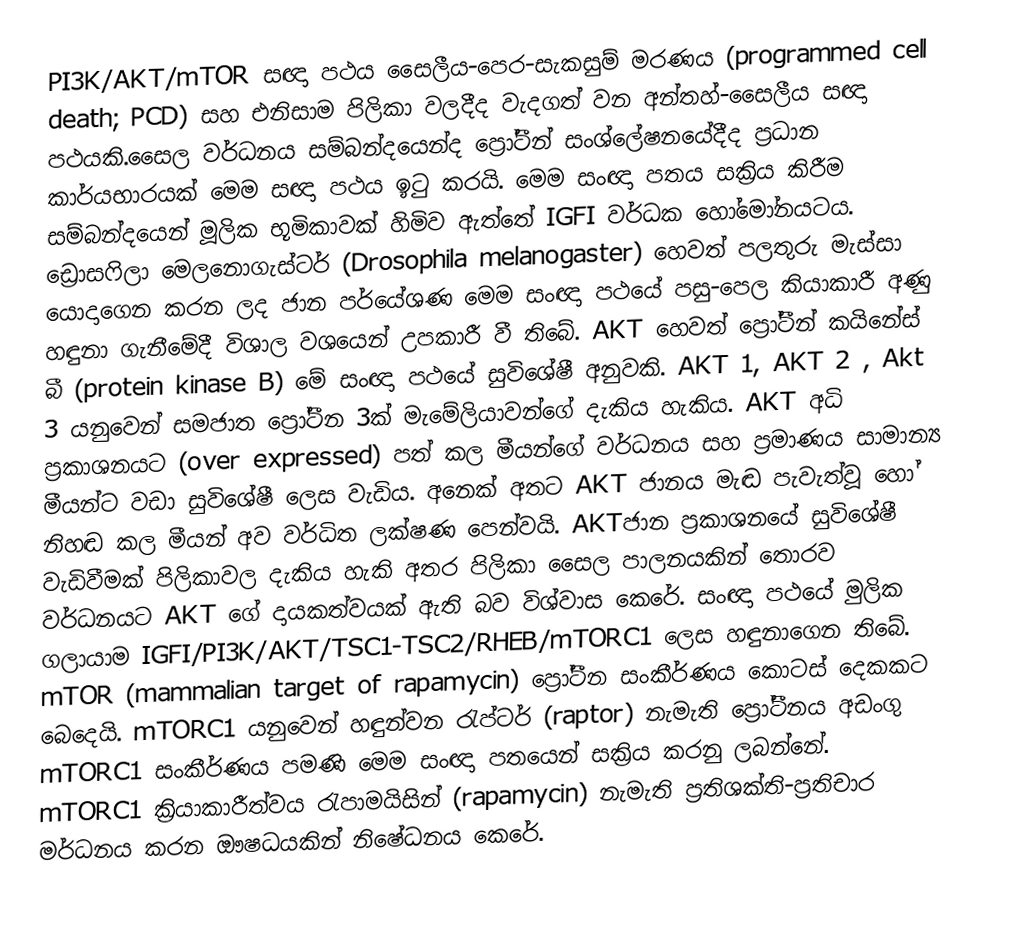
PI3K/AKT/mTOR සඥා පථය  සෛලීය-පෙර-සැකසුම් මරණය (programmed cell death; PCD) සහ එනිසාම පිලිකා වලදීද වැදගත් වන අන්තහ්-සෛලීය සඥා පථයකි.සෛල වර්ධනය සම්බන්දයෙන්ද ප්‍රෝටීන් සංශ්ලේෂනයේදීද ප්‍රධාන කාර්යභාරයක් මෙම සඥා පථය ඉටු කරයි. මෙම සංඥා පතය සක්‍රිය කිරීම සම්බන්දයෙන් මූලික භූමිකාවක් හිමිව ඇත්තේ IGFI වර්ධක හෝමෝනයටය. ඩ්‍රොසෆිලා මෙලනොගැස්ටර් (Drosophila melanogaster) හෙවත් පලතුරු මැස්සා යොදාගෙන කරන ලද ජාන පර්යේශණ මෙම සංඥා පථයේ පසු-පෙල කියාකාරී අණු හඳුනා ගැනීමේදී විශාල වශයෙන් උපකාරී වී තිබේ. AKT හෙවත් ප්‍රෝටීන් කයිනේස් බී (protein kinase B) මේ සංඥා පථයේ සුවිශේෂී අනුවකි.  AKT 1,  AKT 2 , Akt 3 යනුවෙන් සමජාත ප්‍රෝටීන 3ක් මැමේලියාවන්ගේ දැකිය හැකිය. AKT අධි ප්‍රකාශනයට (over expressed) පත් කල මීයන්ගේ වර්ධනය සහ ප්‍රමාණය සාමාන්‍ය මීයන්ට වඩා සුවිශේෂී ලෙස වැඩිය. අනෙක් අතට AKT ජානය මැඬ පැවැත්වූ හෝ නිහඬ කල මීයන් අව වර්ධිත ලක්ෂණ පෙන්වයි. AKTජාන ප්‍රකාශනයේ සුවිශේෂී වැඩිවීමක් පිලිකාවල දැකිය හැකි අතර පිලිකා සෛල පාලනයකින් තොරව වර්ධනයට  AKT ගේ දායකත්වයක් ඇති බව විශ්වාස කෙරේ. සංඥා පථයේ මුලික ගලායාම IGFI/PI3K/AKT/TSC1-TSC2/RHEB/mTORC1 ලෙස හඳුනාගෙන තිබේ. mTOR (mammalian target of rapamycin) ප්‍රෝටීන සංකීර්ණය කොටස් දෙකකට බෙදෙයි. mTORC1 යනුවෙන් හඳුන්වන රැප්ටර් (raptor)  නැමැති ප්‍රෝටීනය අඩංගු mTORC1 සංකීර්ණය පමණි මෙම සංඥා පතයෙන්  සක්‍රිය කරනු ලබන්නේ. mTORC1 ක්‍රියාකාරීත්වය රැපාමයිසින් (rapamycin) නැමැති ප්‍රතිශක්ති-ප්‍රතිචාර මර්ධනය කරන ඖෂධයකින් නිෂේධනය කෙරේ.